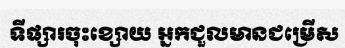
ទីផ្សារចុះខ្សោយ អ្នកជួលមានជម្រើស